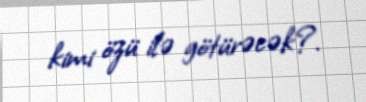
kimi özü ilə götürəcək?.